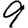
Digit: 9